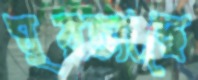
ঘুরত্যাছে